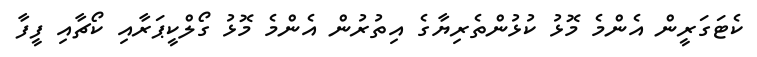
ކެޓަގަރީން އެންމެ މޮޅު ކުޅުންތެރިޔާގެ އިތުރުން އެންމެ މޮޅު ގޯލްކީޕަރާއި ކޯޗާއި ފީފާ